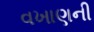
વખાણની